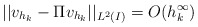
\begin{align*} ||v_{h_k} - \Pi v_{h_k}||_{L^2(I)} = O(h_k^\infty)\end{align*}